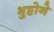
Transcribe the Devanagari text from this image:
भुट्टोने